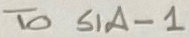
Text: To S1A-1